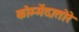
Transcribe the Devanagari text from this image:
कोम्मेंदातोरे